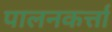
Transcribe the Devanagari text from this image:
पालनकर्त्ता